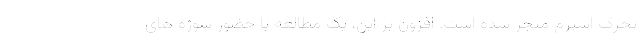
تحرک اسپرم منجر شده است. افزون بر این، یک مطالعه با حضور سوژه های